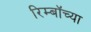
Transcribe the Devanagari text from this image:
रिम्बॉच्या